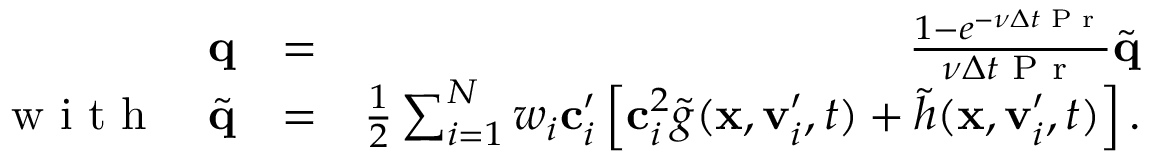
\begin{array} { r l r } { \mathbf q } & { = } & { \frac { 1 - e ^ { - \nu \Delta t \textrm { P r } } } { \nu \Delta t \textrm { P r } } \widetilde { \mathbf { q } } } \\ { \textrm { w i t h } \quad \widetilde { \mathbf { q } } } & { = } & { \frac { 1 } { 2 } \sum _ { i = 1 } ^ { N } w _ { i } \mathbf c _ { i } ^ { \prime } \left[ \mathbf c _ { i } ^ { 2 } \widetilde { g } ( \mathbf x , \mathbf v _ { i } ^ { \prime } , t ) + \widetilde { h } ( \mathbf x , \mathbf v _ { i } ^ { \prime } , t ) \right] . } \end{array}